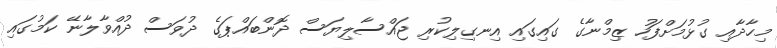
މިހާދާއި ގުޅުމަށްފަހު ޒިމްނާގެ ގައިގައި އިނގިލިކުރި ޖައްސާލިޔަސް ދޮންބައްޕަގެ ދުވަސް ދުއްވާލާނޭ ކަމުގައި